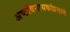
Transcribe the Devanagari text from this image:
अष्टविनायकांप्रमाणे